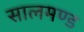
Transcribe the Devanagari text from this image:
सालमण्ड